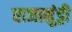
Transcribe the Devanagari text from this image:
राजामुंड्री